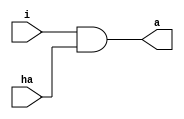
// Gates connected to L Staticisor output
// Ensure that the address is only provided to the Main Store during ACTION beats

module GATES #(parameter INSTR_L_BITS = 10)
(input [INSTR_L_BITS-1:0] i, input ha, output [INSTR_L_BITS-1:0] a);
	wire [INSTR_L_BITS-1:0] has = ha;
	assign a = i & ha;
endmodule